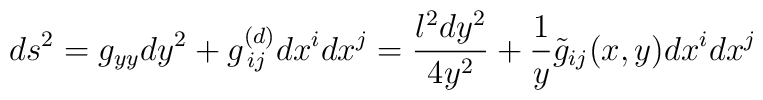
ds^2 = g_{yy} dy^2 +g^{(d)}_{\, ij}dx^i dx^j = {l^2 dy^2\over 4y^2} + {1\over y} \tilde g_{ij}(x,y) dx^idx^j\,